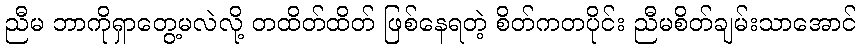
ညီမ ဘာကိုရှာတွေ့မလဲလို့ တထိတ်ထိတ် ဖြစ်နေရတဲ့ စိတ်ကတပိုင်း ညီမစိတ်ချမ်းသာအောင်